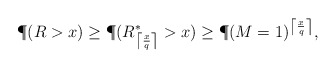
\begin{align*}\P(R> x)\geq \P(R_{\left\lceil \frac{x}{q}\right\rceil}^\ast> x)\geq \P(M=1)^{\left\lceil \frac{x}{q}\right\rceil},\end{align*}